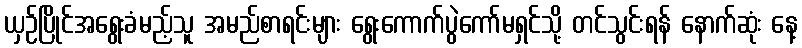
ယှဉ်ပြိုင်အရွေးခံမည့်သူ အမည်စာရင်းများ ရွေးကောက်ပွဲကော်မရှင်သို့ တင်သွင်းရန် နောက်ဆုံး နေ့